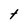
Character: t